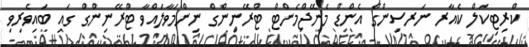
ކްރިޓިކަލް ކެއާރ ނަރސިންގް އެންޑް މެނޭޖްމެންޓް ޓްރޭނިންގް ނިންމަވާލައްވާ ޓްރޭނިންގް ގައި ބައިވެރިވި